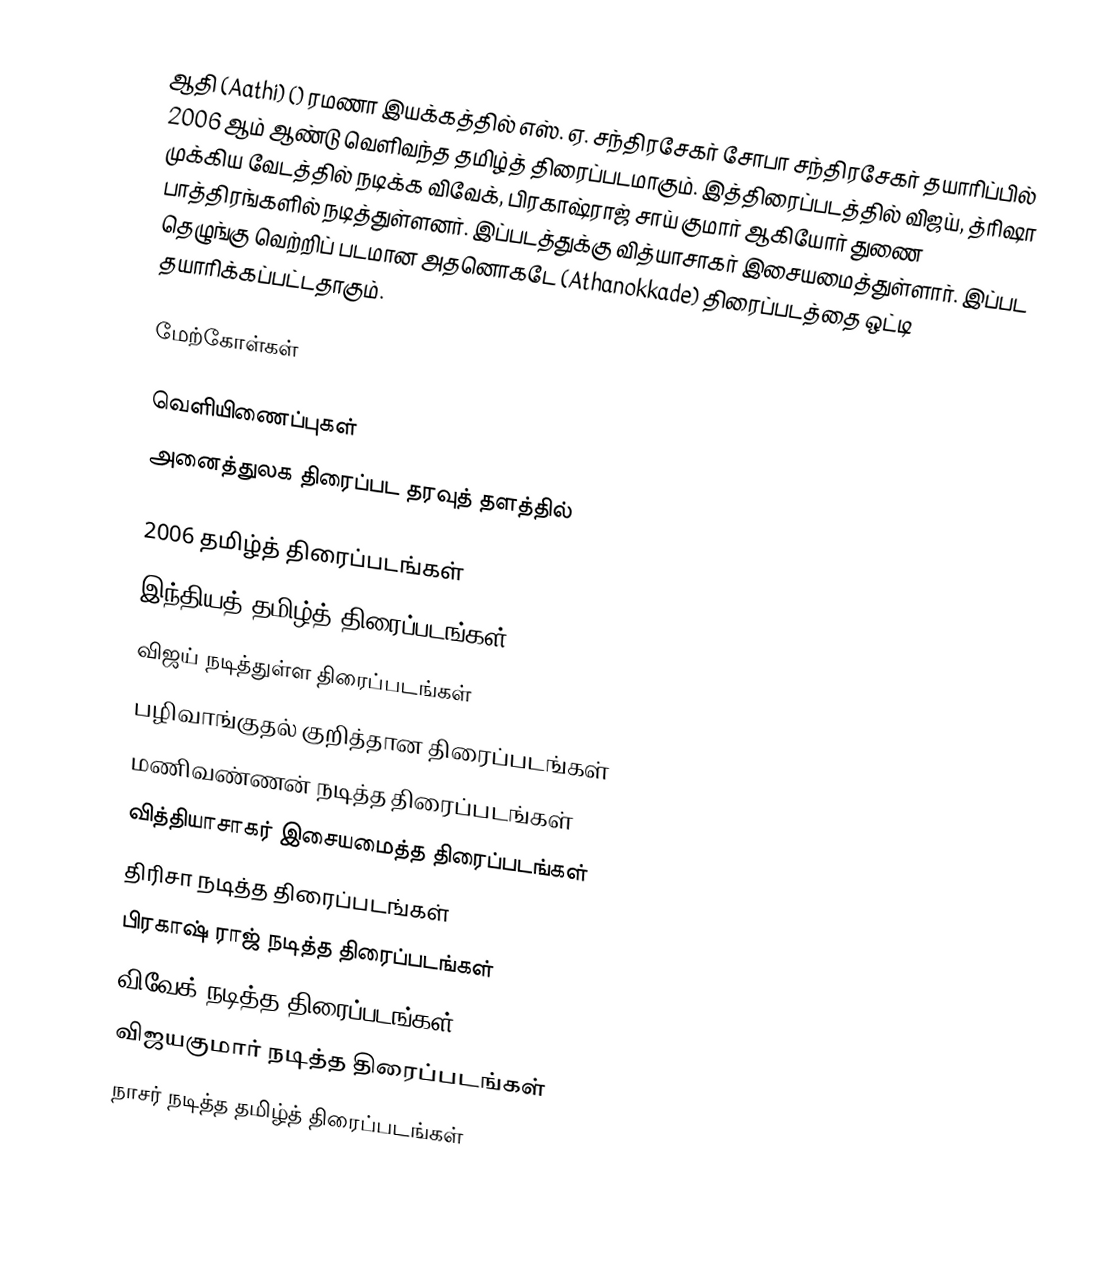
ஆதி (Aathi) () ரமணா இயக்கத்தில் எஸ். ஏ. சந்திரசேகர் சோபா சந்திரசேகர் தயாரிப்பில் 2006 ஆம் ஆண்டு வெளிவந்த தமிழ்த் திரைப்படமாகும். இத்திரைப்படத்தில் விஜய், த்ரிஷா முக்கிய வேடத்தில் நடிக்க விவேக், பிரகாஷ்ராஜ் சாய் குமார் ஆகியோர் துணை பாத்திரங்களில் நடித்துள்ளனர். இப்படத்துக்கு வித்யாசாகர் இசையமைத்துள்ளார். இப்பட தெழுங்கு வெற்றிப் படமான அதனொகடே (Athanokkade) திரைப்படத்தை ஒட்டி தயாரிக்கப்பட்டதாகும்.

மேற்கோள்கள்

வெளியிணைப்புகள்
 அனைத்துலக திரைப்பட தரவுத் தளத்தில்

2006 தமிழ்த் திரைப்படங்கள்
இந்தியத் தமிழ்த் திரைப்படங்கள்
விஜய் நடித்துள்ள திரைப்படங்கள்
பழிவாங்குதல் குறித்தான திரைப்படங்கள்
மணிவண்ணன் நடித்த திரைப்படங்கள்
வித்தியாசாகர் இசையமைத்த திரைப்படங்கள்
திரிசா நடித்த திரைப்படங்கள்
பிரகாஷ் ராஜ் நடித்த திரைப்படங்கள்
விவேக் நடித்த திரைப்படங்கள்
விஜயகுமார் நடித்த திரைப்படங்கள்
நாசர் நடித்த தமிழ்த் திரைப்படங்கள்